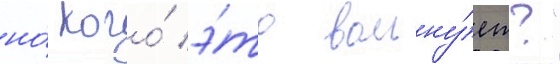
но́ кого́ э́то волну́ет?"